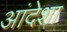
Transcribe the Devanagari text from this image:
आंदेशा